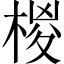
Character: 椶